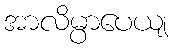
အာလိမ္ပာပေယျ